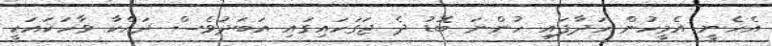
އެހެނީ އެމީހުން ހަދާފައި ހުންނަ ބޮޑު ދެ ޖަގަހައިގައި އަބަދުވެސް ދައްކާ ވާހަކައަކީ